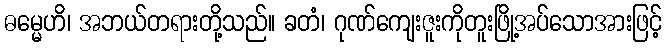
ဓမ္မေဟိ၊ အဘယ်တရားတို့သည်။ ခတံ၊ ဂုဏ်ကျေးဇူးကိုတူးဖြို့အပ်သောအားဖြင့်